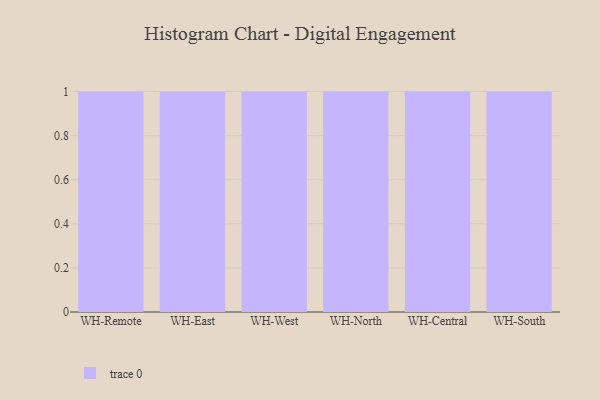
{"axis": {"x": "Warehouse", "y": "Churn Rate (%)"}, "legend": [""], "data": [{"x": "WH-Remote", "y": 73, "type": ""}, {"x": "WH-East", "y": 61, "type": ""}, {"x": "WH-West", "y": 83, "type": ""}, {"x": "WH-North", "y": 57, "type": ""}, {"x": "WH-Central", "y": 41, "type": ""}, {"x": "WH-South", "y": 30, "type": ""}]}